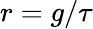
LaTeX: r=g/\tau